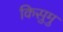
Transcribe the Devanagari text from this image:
किसुमु